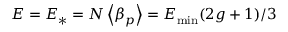
E = E _ { * } = N \left< \beta _ { p } \right> = E _ { \mathrm { m i n } } ( 2 g + 1 ) / 3